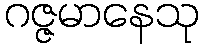
ဂဇ္ဇမာနေသု